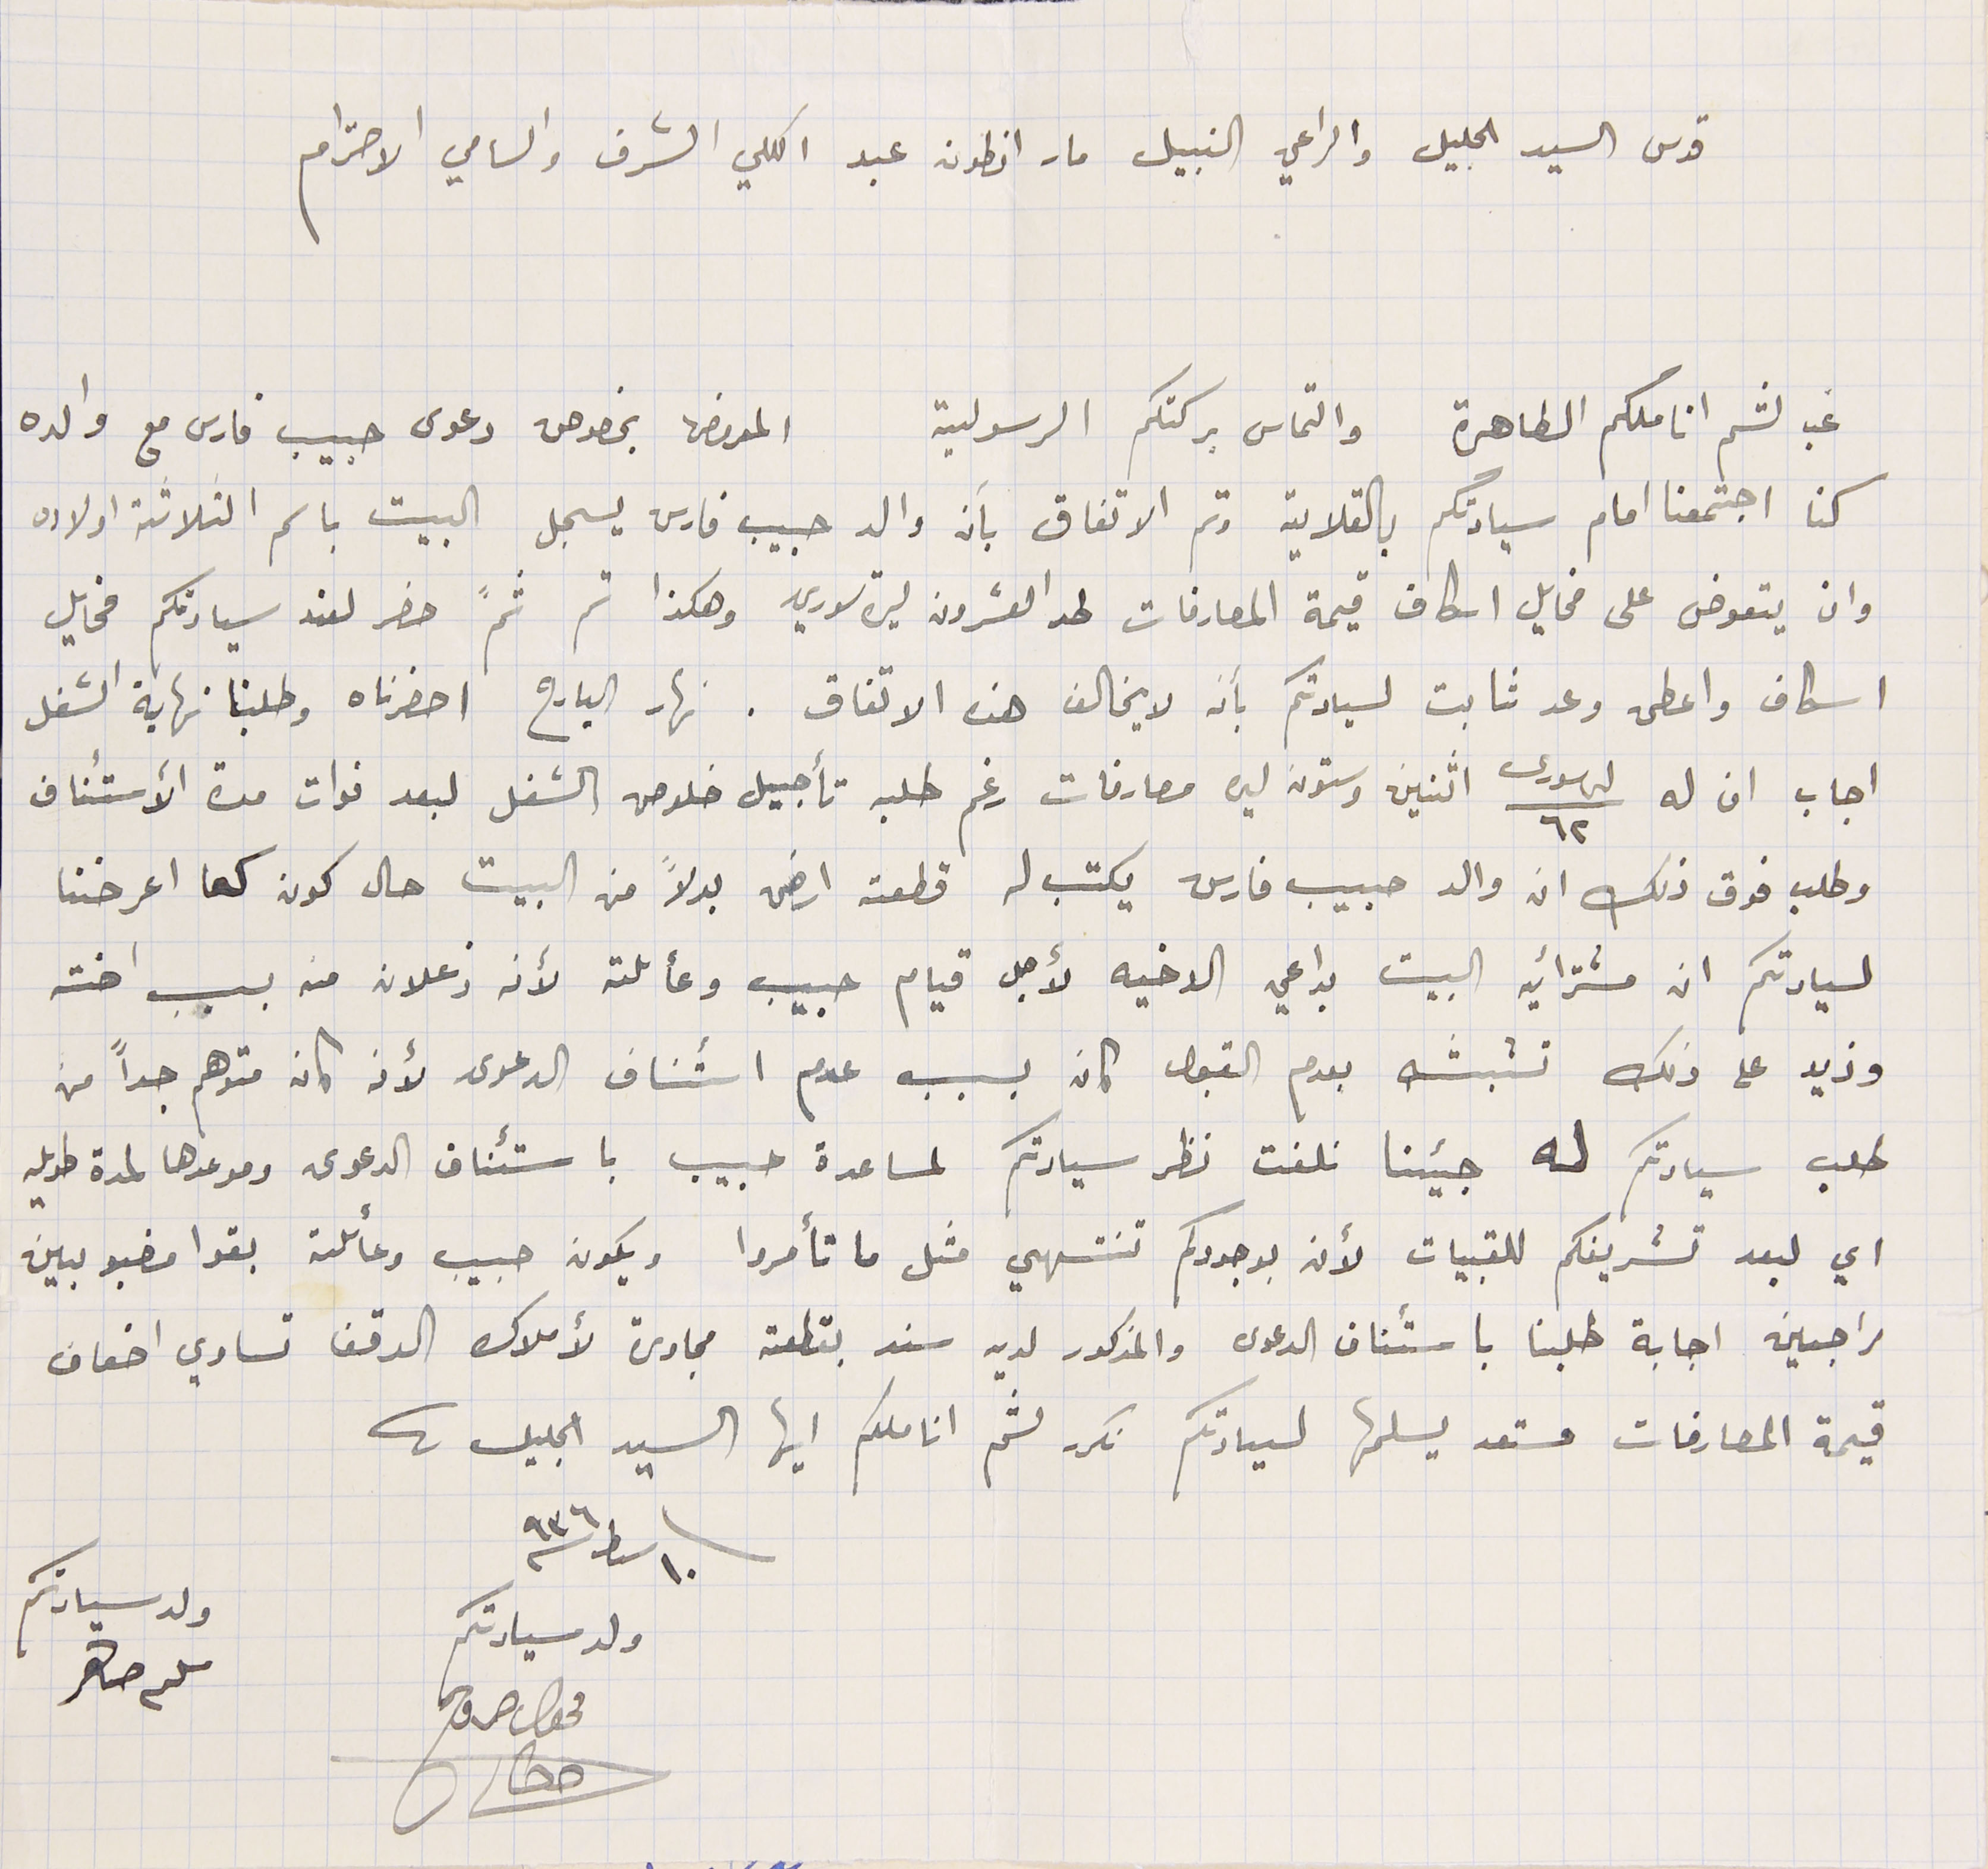
قدس السيد الجليل والراعي النبيل مار انطون عبد الكلي الشرف والسامي الاحترام
غب لثم اناملكم الطاهرة والتماس بركتكم الرسولية المعروض بخصوص دعوى حبيب فارس مع والده
كنا اجتمعنا امام سيادتكم بالقلاية وتم الاتفاق بأن والد حبيب فارس يسجل البيت باسم الثلاثة اولاده
وان يتعوض على مخايل اسكاف قيمة المصارفات لحد العشرون ليرة سوري وهكذا تم ثمَّ حضر لعند سيادتكم مخايل
اسكاف واعطى وعد ثابت لسيادتكم بأن لا يخالف هذا الاتفاق. نهار البارح احضرناه وطلبنا نهاية الشغل
اجاب ان له ٦٢ لىر سورى اثنين وستون ليره مصارفات رغم طلبه تأجيل خلاص الشغل لبعد فوات مدة الأستئناف
وطلب فوق ذلك ان والد حبيب فارس يكتب له قطعة ارض بدلاً من البيت حال كون كما اعرضنا
لسيادتكم ان مشترائيه البيت بداعي الاخيه لأجل قيام حبيب وعائلته لأنه زعلان منه بسبب اخته
وزيد على ذلك تشبثه بعدم القبول كان بسبب عدم استئناف الدعوى لأنه كان متوهم جداً من
طلب سيادتكم له جيئنا نلفت نظر سيادتكم لمساعدة حبيب باستئناف الدعوى وموعدها لمدة طويله
اي لبعد تشريفكم للقبيات لأنه بوجودكم تنتهي مثل ما تأمروا ويكون حبيب وعائلته بقوا مضبوبين
راجين اجابة طلبنا باستئناف الدعوى والمذكور لديه سند بقطعة مجاورة لأملاك الوقف تساوي اضعاف
قيمة المصارفات مستعد يسلمها لسيادتكم نكرر لثم اناملكم ايها السيد الجليل .
١٠ سىاط سنة ٩٣٦
ولد سيادتكم محول حروح
ولد سيادتكم سلىم صاهر